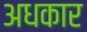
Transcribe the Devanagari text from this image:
अधकार